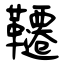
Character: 韆